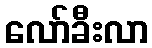
လော်ခီးလာ